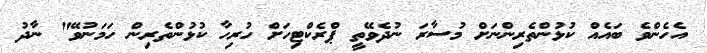
އެހެންވެ ބައެއް ކުޅުންތެރިންނަށް މުސާރަ ނުދެވޭތީ ޕްރެކްޓިހަށް ހުރިހާ ކުޅުންތެރިން ހަމަނުވޭ" ނާދު